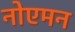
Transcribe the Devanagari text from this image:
नोएमन